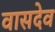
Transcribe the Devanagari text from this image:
वासदेव